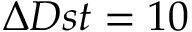
\Delta D s t = 1 0